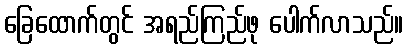
ခြေထောက်တွင် အရည်ကြည်ဖု ပေါက်လာသည်။